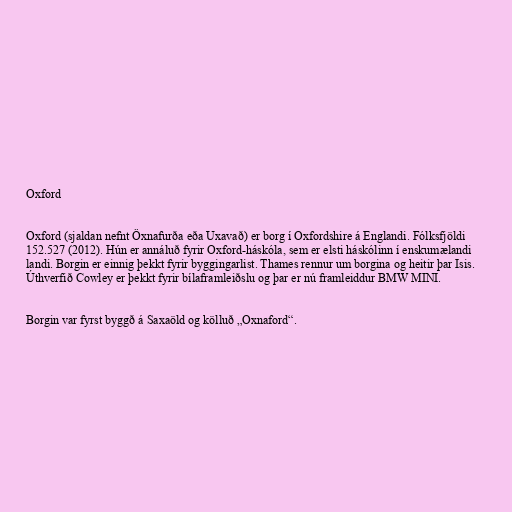
Oxford

Oxford (sjaldan nefnt Öxnafurða eða Uxavað) er borg í Oxfordshire á Englandi. Fólksfjöldi
152.527 (2012). Hún er annáluð fyrir Oxford-háskóla, sem er elsti háskólinn í enskumælandi
landi. Borgin er einnig þekkt fyrir byggingarlist. Thames rennur um borgina og heitir þar Isis.
Úthverfið Cowley er þekkt fyrir bílaframleiðslu og þar er nú framleiddur BMW MINI.

Borgin var fyrst byggð á Saxaöld og kölluð „Oxnaford“.